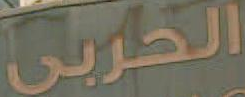
الحربي